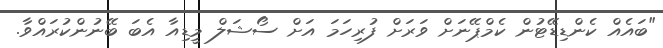
"ބައެއް ކެންޑިޑޭޓުން ކެމްޕޭނަށް ވަރަށް ފުރިހަމަ އަށް ސޯޝަލް މީޑިއާ އެބަ ބޭނުންކުރައްވާ.